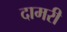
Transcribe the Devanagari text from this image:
दामरी